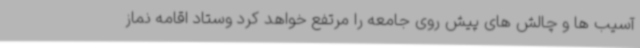
آسیب ها و چالش های پیش روی جامعه را مرتفع خواهد کرد وستاد اقامه نماز